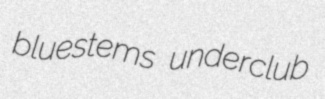
bluestems underclub